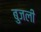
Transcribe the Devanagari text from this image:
बुजली